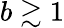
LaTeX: b\gtrsim 1